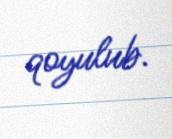
qoyulub.